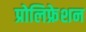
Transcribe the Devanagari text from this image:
प्रोलिफ्रेशन